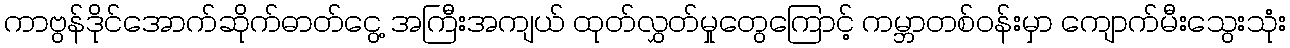
ကာဗွန်ဒိုင်အောက်ဆိုက်ဓာတ်ငွေ့ အကြီးအကျယ် ထုတ်လွှတ်မှုတွေကြောင့် ကမ္ဘာတစ်ဝန်းမှာ ကျောက်မီးသွေးသုံး